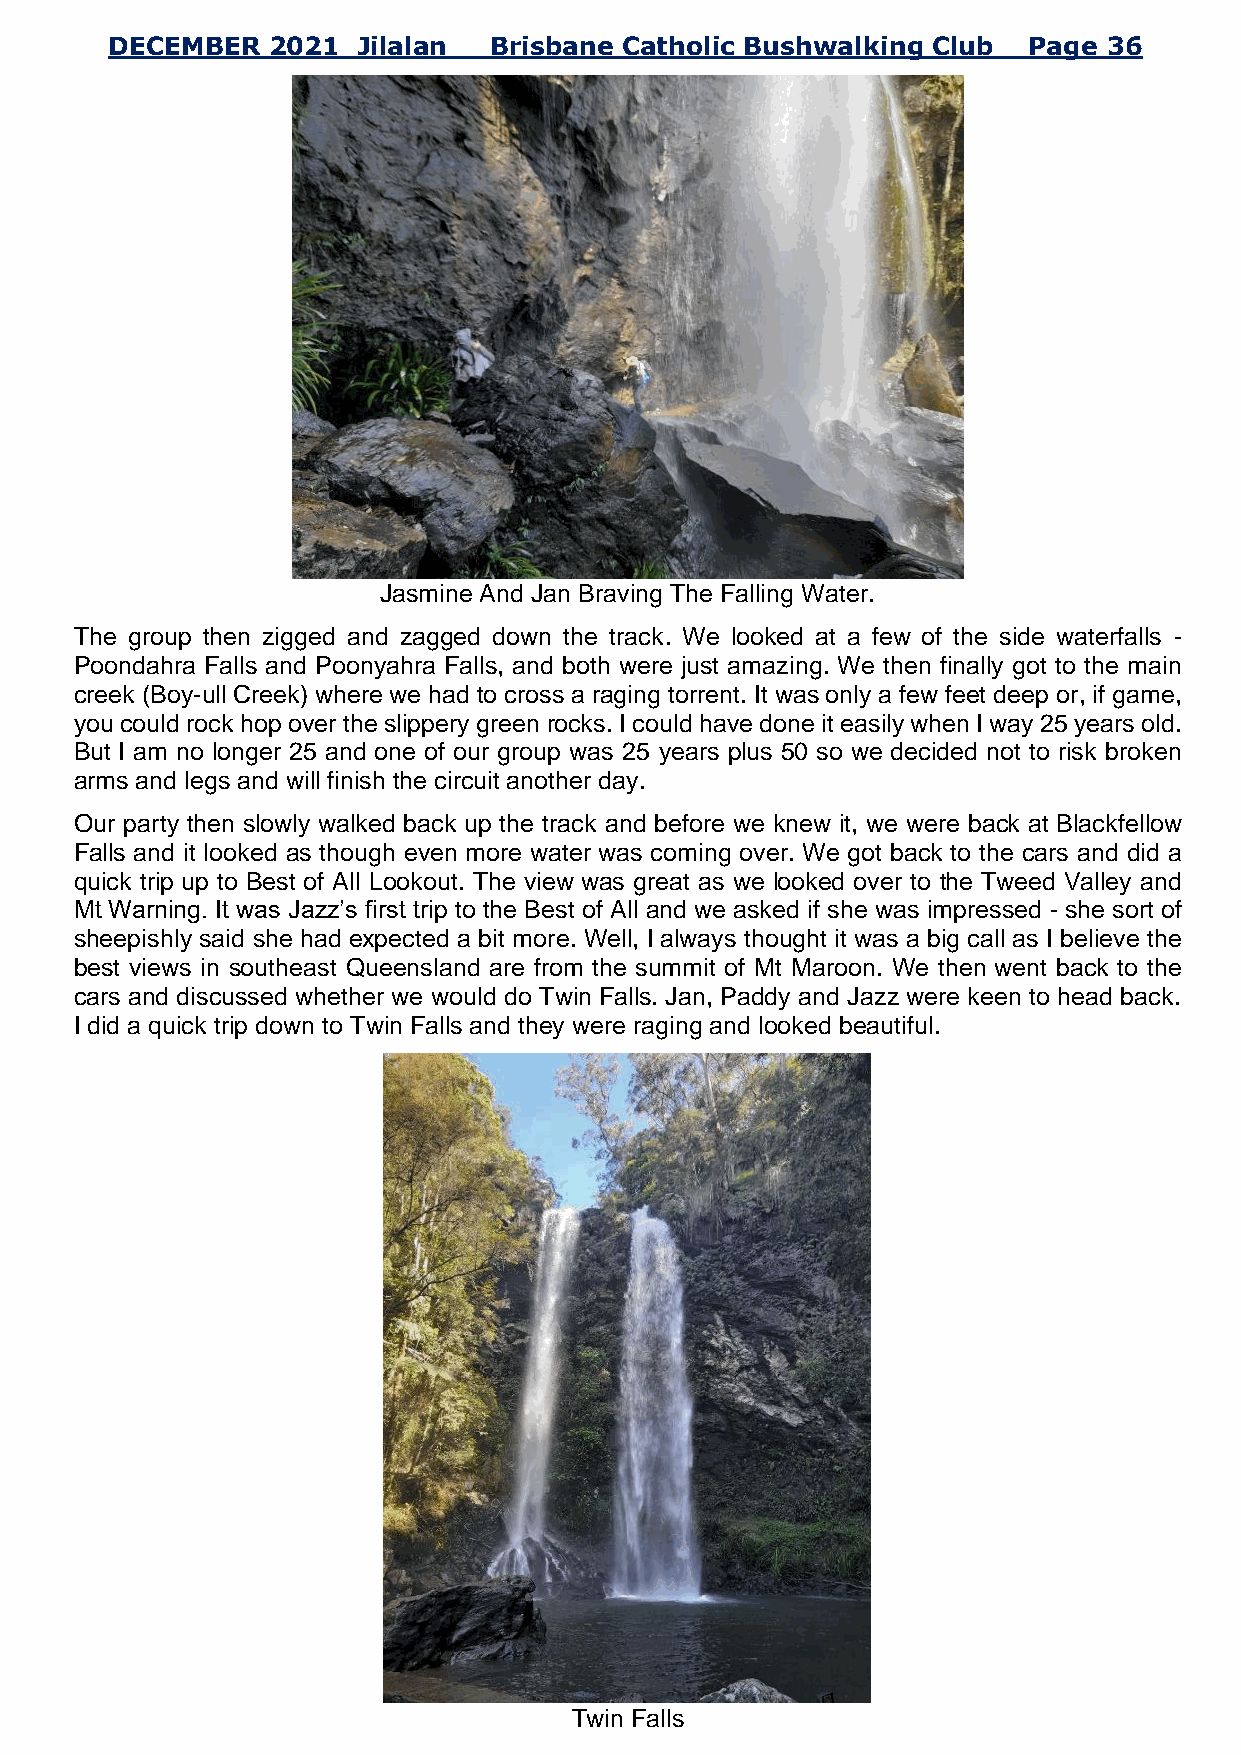
DECEMBER   2021  Jilalan Brisbane Catholic Bushwalking Club  Page 36
 Jasmine And Jan Braving The Falling Water.
 The group then zigged and zagged down the track. We looked at a few of the side waterfalls -
 Poondahra Falls and Poonyahra Falls, and both were just amazing. We then finally got to the main
 creek (Boy-ull Creek) where we had to cross a raging torrent. It was only a few feet deep or, if game,
 you could rock hop over the slippery green rocks. I could have done it easily when I way 25 years old.
 But I am no longer 25 and one of our group was 25 years plus 50 so we decided not to risk broken
 arms and legs and will finish the circuit another day.
 Our party then slowly walked back up the track and before we knew it, we were back at Blackfellow
 Falls and it looked as though even more water was coming over. We got back to the cars and did a
 quick trip up to Best of All Lookout. The view was great as we looked over to the Tweed Valley and
 Mt Warning. It was Jazz’s first trip to the Best of All and we asked if she was impressed - she sort of
 sheepishly said she had expected a bit more. Well, I always thought it was a big call as I believe the
 best views in southeast Queensland are from the summit of Mt Maroon. We then went back to the
 cars and discussed whether we would do Twin Falls. Jan, Paddy and Jazz were keen to head back.
 I did a quick trip down to Twin Falls and they were raging and looked beautiful.
 Twin Falls